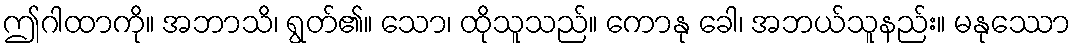
ဤဂါထာကို။ အဘာသိ၊ ရွတ်၏။ သော၊ ထိုသူသည်။ ကောနု ခေါ၊ အဘယ်သူနည်း။ မနုဿော